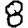
Digit: 8